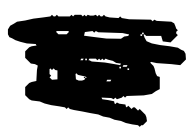
Text: its
Cross-out: mix
Writing tool: digital_black